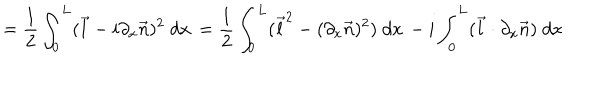
= \frac { 1 } { 2 } \int _ { 0 } ^ { L } ( \vec { l } - i \partial _ { x } \vec { n } ) ^ { 2 } \; d x \, = \frac { 1 } { 2 } \int _ { 0 } ^ { L } ( \vec { l } ^ { 2 } - ( \partial _ { x } \vec { n } ) ^ { 2 } ) \; d x \, - i \int _ { 0 } ^ { L } ( \vec { l } \cdot \partial _ { x } \vec { n } ) \; d x